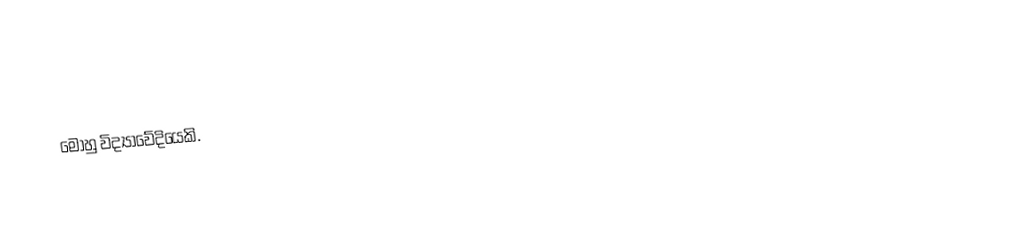
මොහු විද්‍යාවේදියෙකි.